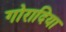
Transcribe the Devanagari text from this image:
गोरादिया